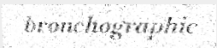
bronchographic